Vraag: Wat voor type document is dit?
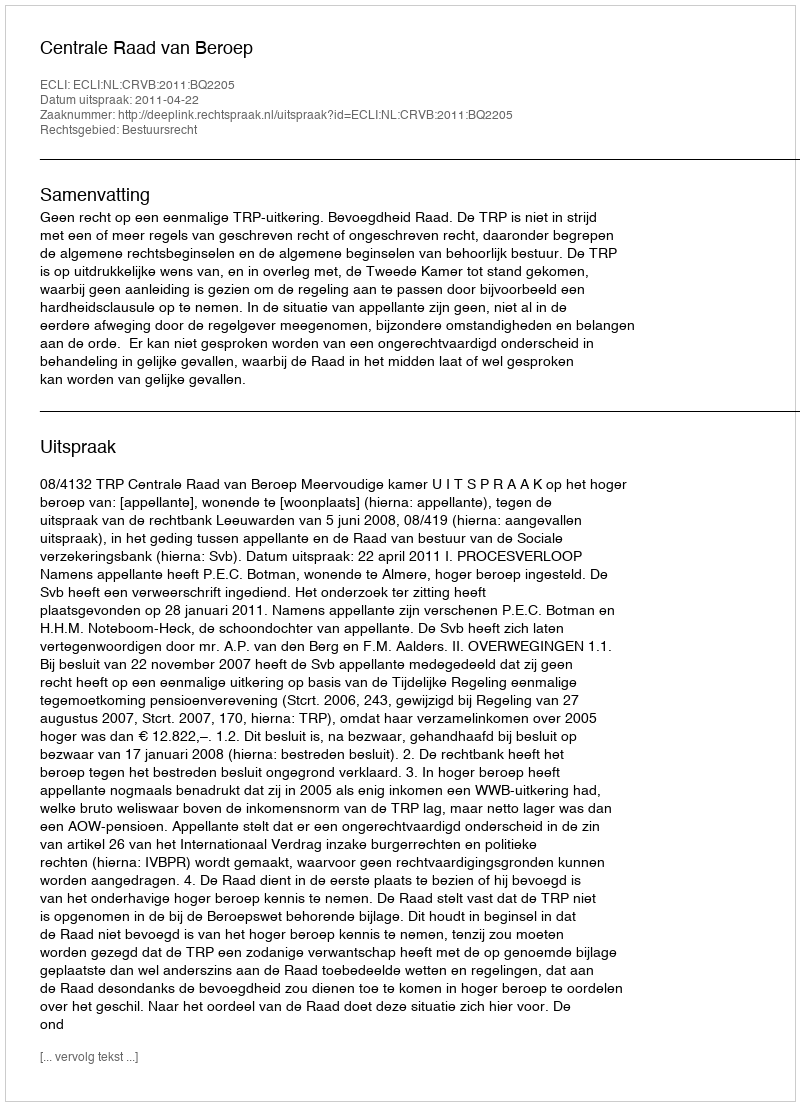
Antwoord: Uitspraak